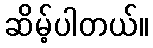
ဆိမ့်ပါတယ်။